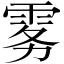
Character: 雾